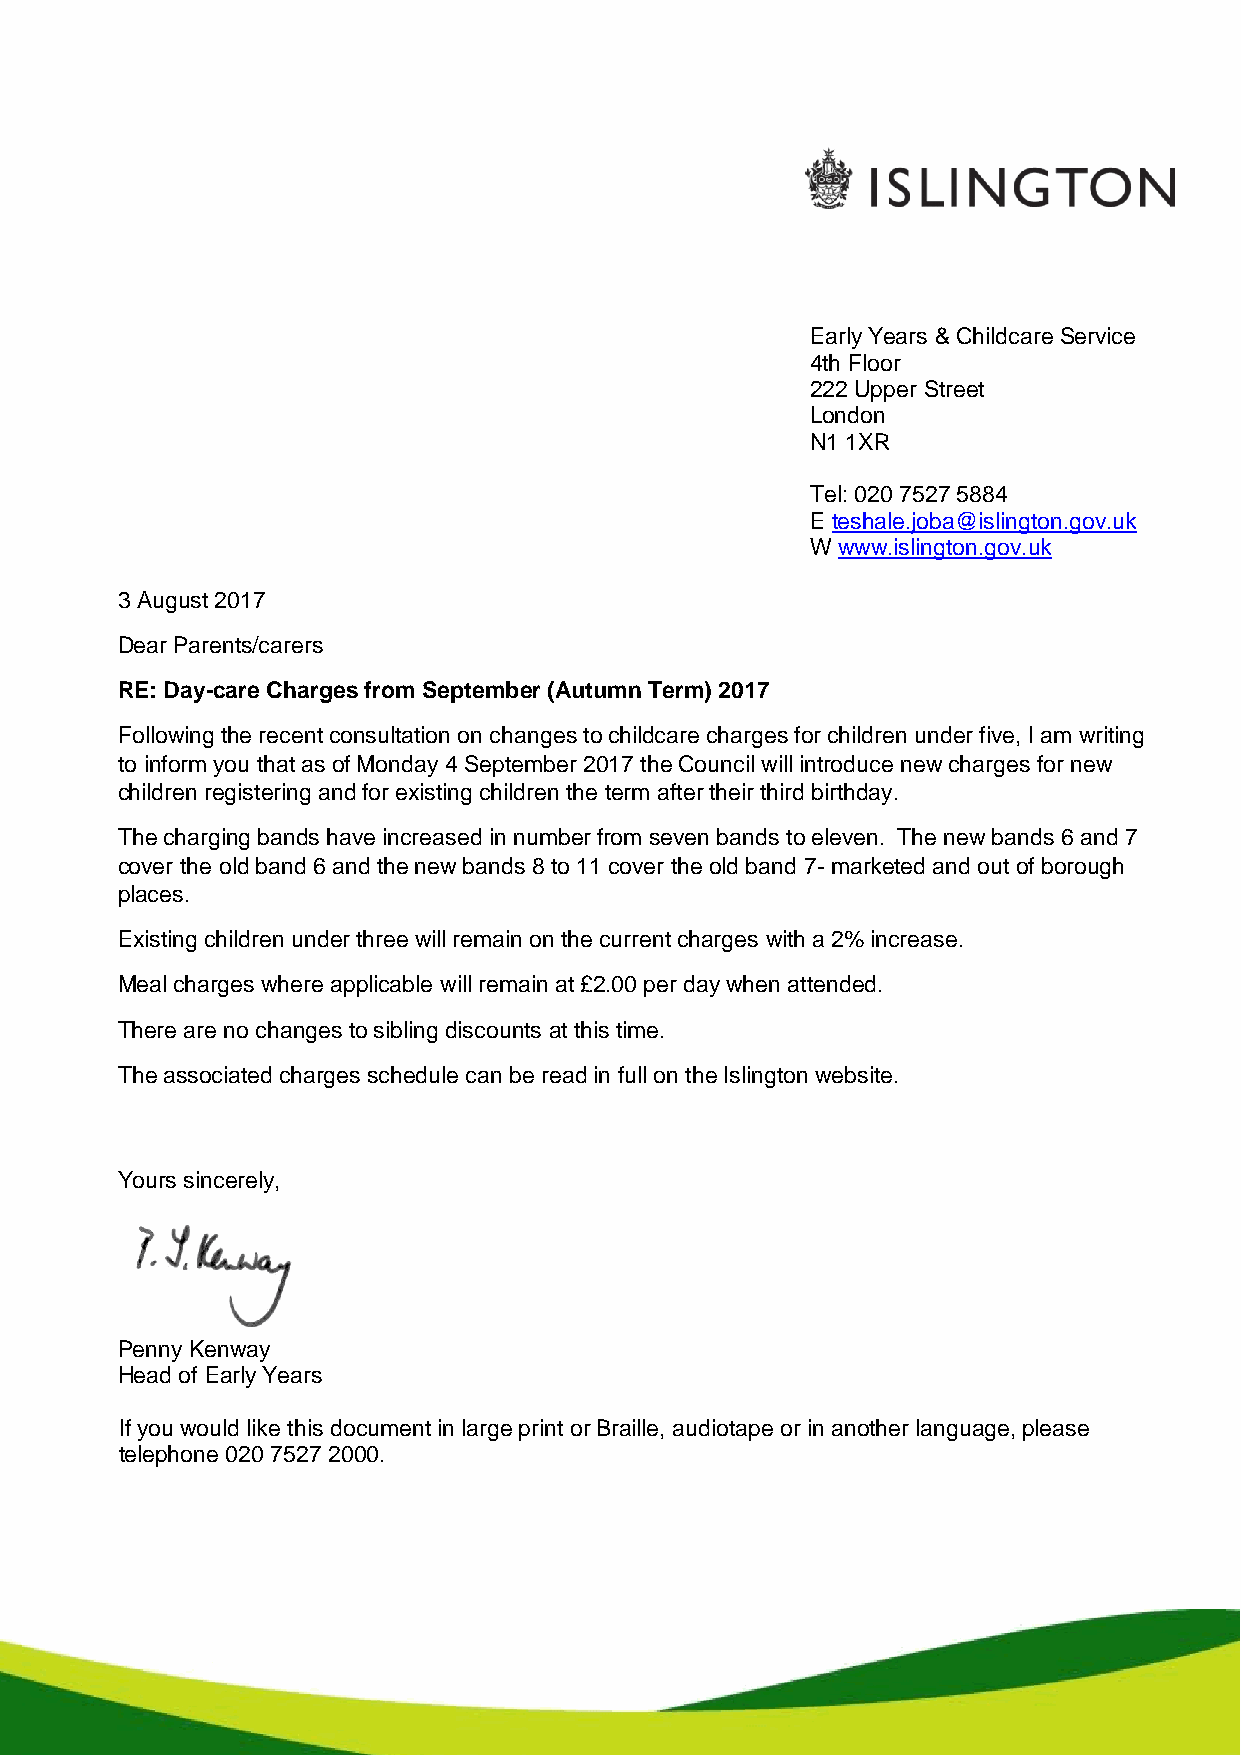
Early Years & Childcare Service
 4th Floor
 222 Upper Street
 London
 N1 1XR
 Tel: 020 7527 5884
 E teshale.joba@islington.gov.uk
 W www.islington.gov.uk
 3 August 2017
 Dear Parents/carers
 RE: Day-care Charges from September (Autumn Term) 2017
 Following the recent consultation on changes to childcare charges for children under five, I am writing
 to inform you that as of Monday 4 September 2017 the Council will introduce new charges for new
 children registering and for existing children the term after their third birthday.
 The charging bands have increased in number from seven bands to eleven. The new bands 6 and 7
 cover the old band 6 and the new bands 8 to 11 cover the old band 7- marketed and out of borough
 places.
 Existing children under three will remain on the current charges with a 2% increase.
 Meal charges where applicable will remain at £2.00 per day when attended.
 There are no changes to sibling discounts at this time.
 The associated charges schedule can be read in full on the Islington website.
 Yours sincerely,
 Penny Kenway
 Head of Early Years
 If you would like this document in large print or Braille, audiotape or in another language, please
 telephone 020 7527 2000.